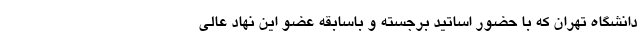
دانشگاه تهران که با حضور اساتید برجسته و باسابقه عضو این نهاد عالی